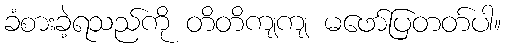
ခံစားခဲ့ရသည်ကို တိတိကျကျ မဖော်ပြတတ်ပါ။